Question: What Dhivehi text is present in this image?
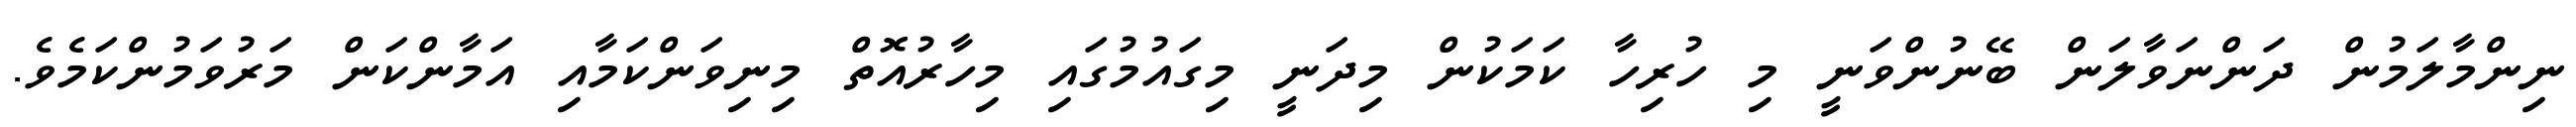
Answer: ނިންމާލަމުން ދަންނަވާލަން ބޭނުންވަނީ މި ހުރިހާ ކަމަކުން މިދަނީ މިގައުމުގައި މިހާރުއޮތް މިނިވަންކަމާއި އަމާންކަން މަރުވަމުންކަމެވެ.